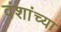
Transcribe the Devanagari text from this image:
वंशांच्या